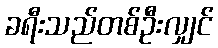
ခရီးသည်တစ်ဦးလျှင်